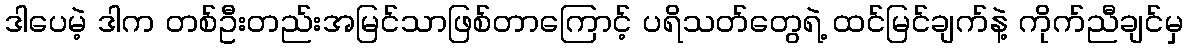
ဒါပေမဲ့ ဒါက တစ်ဦးတည်းအမြင်သာဖြစ်တာကြောင့် ပရိသတ်တွေရဲ့ ထင်မြင်ချက်နဲ့ ကိုက်ညီချင်မှ